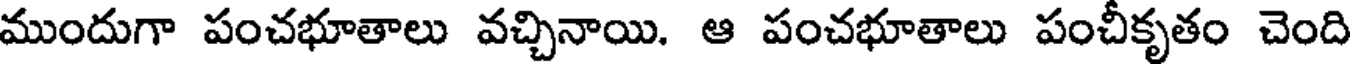
ముందుగా పంచభూతాలు వచ్చినాయి. ఆ పంచభూతాలు పంచీకృతం చెంది